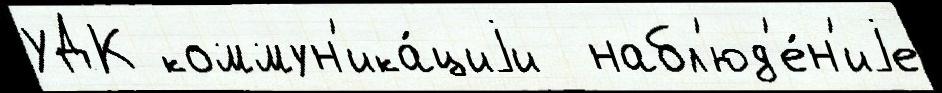
УДК коммун'ика́циjи  набл'юд'е́н'иjе